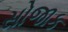
સોજાક